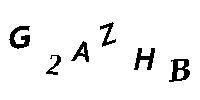
G2AZHB